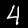
Digit: 4